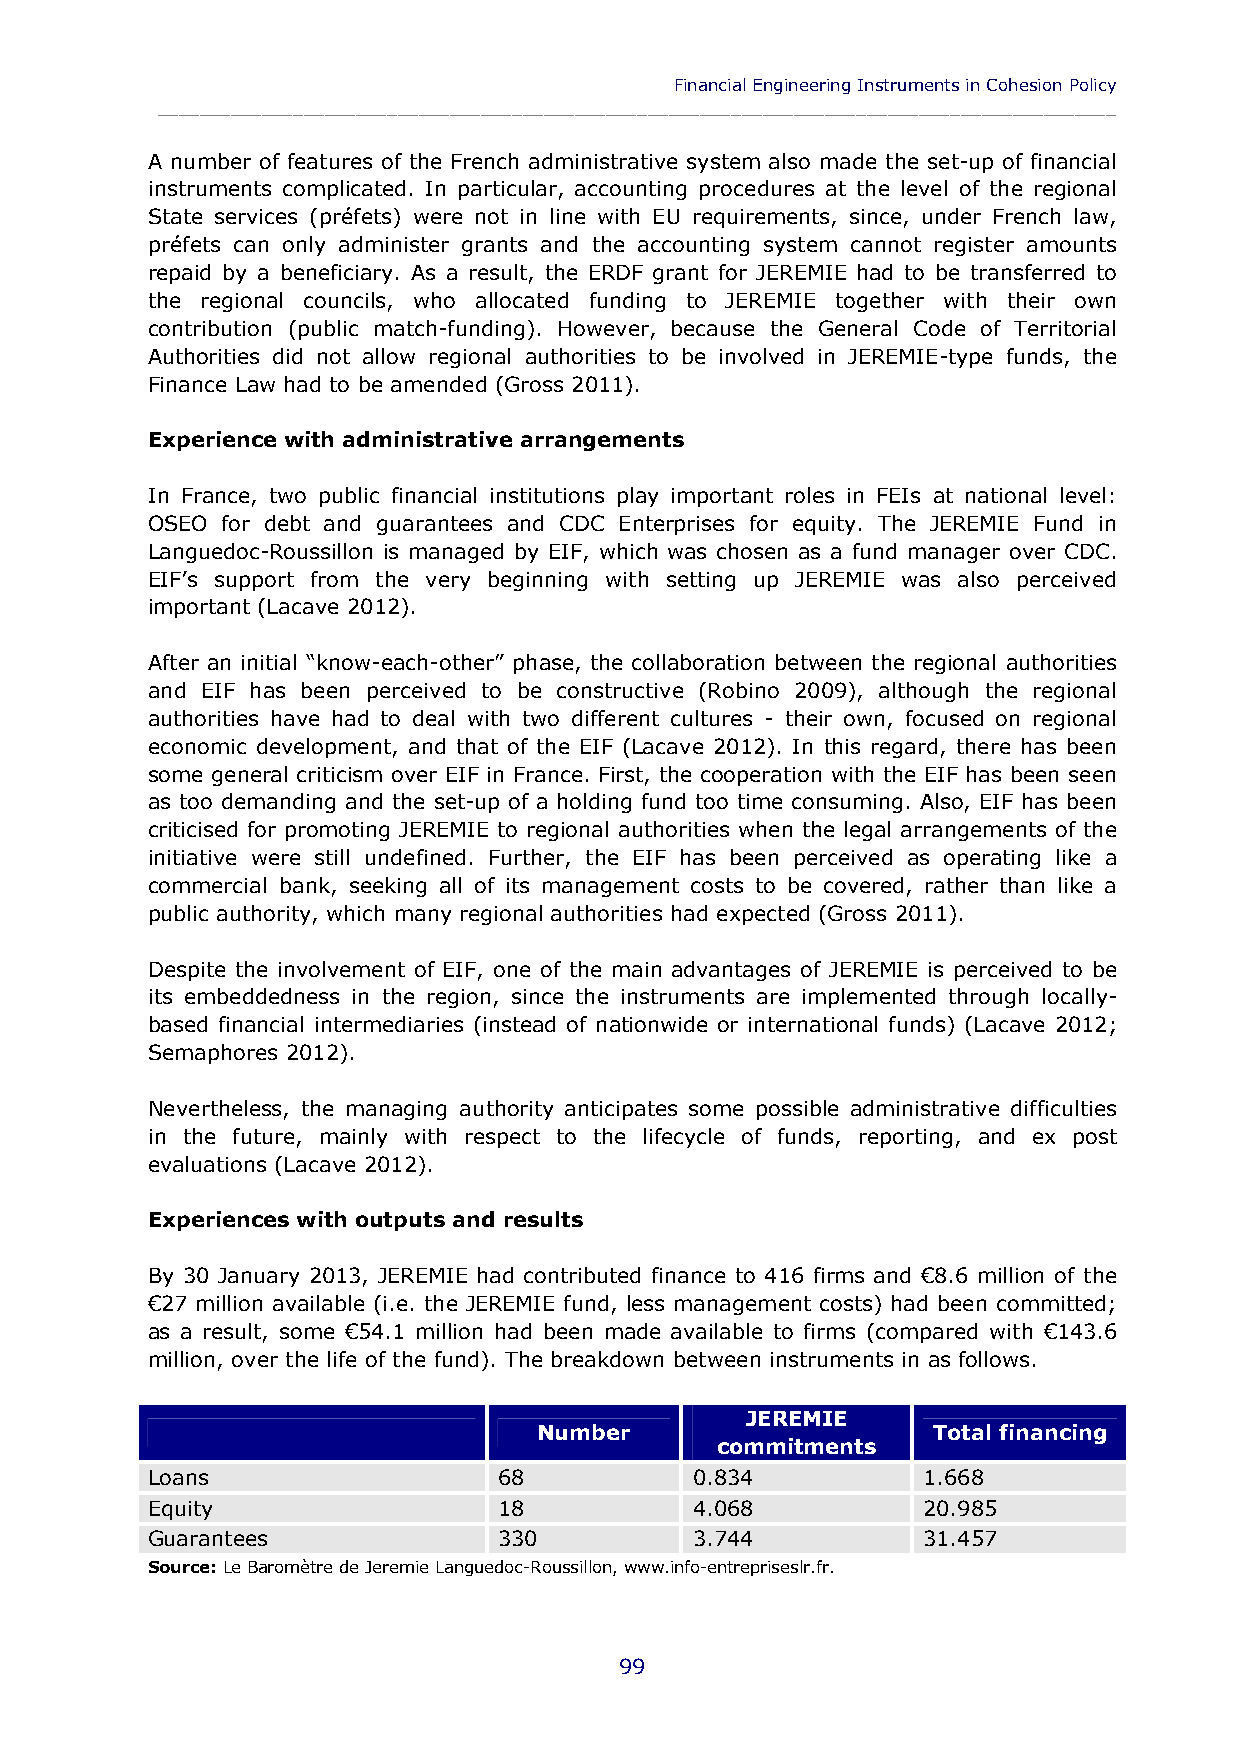
Financial Engineering Instruments in Cohesion Policy
 ____________________________________________________________________________________________
 A number of features of the French administrative system also made the set-up of financial
 instruments complicated. In particular, accounting procedures at the level of the regional
 State services (préfets) were not in line with EU requirements, since, under French law,
 préfets can only administer grants and the accounting system cannot register amounts
 repaid by a beneficiary. As a result, the ERDF grant for JEREMIE had to be transferred to
 the regional councils, who allocated funding to JEREMIE together with their own
 contribution (public match-funding). However, because the General Code of Territorial
 Authorities did not allow regional authorities to be involved in JEREMIE-type funds, the
 Finance Law had to be amended (Gross 2011).
 Experience with administrative arrangements
 In France, two public financial institutions play important roles in FEIs at national level:
 OSEO for debt and guarantees and CDC Enterprises for equity. The JEREMIE Fund in
 Languedoc-Roussillon is managed by EIF, which was chosen as a fund manager over CDC.
 EIF’s support from the very beginning with setting up JEREMIE was also perceived
 important (Lacave 2012).
 After an initial “know-each-other” phase, the collaboration between the regional authorities
 and EIF has been perceived to be constructive (Robino 2009), although the regional
 authorities have had to deal with two different cultures - their own, focused on regional
 economic development, and that of the EIF (Lacave 2012). In this regard, there has been
 some general criticism over EIF in France. First, the cooperation with the EIF has been seen
 as too demanding and the set-up of a holding fund too time consuming. Also, EIF has been
 criticised for promoting JEREMIE to regional authorities when the legal arrangements of the
 initiative were still undefined. Further, the EIF has been perceived as operating like a
 commercial bank, seeking all of its management costs to be covered, rather than like a
 public authority, which many regional authorities had expected (Gross 2011).
 Despite the involvement of EIF, one of the main advantages of JEREMIE is perceived to be
 its embeddedness in the region, since the instruments are implemented through locally-
 based financial intermediaries (instead of nationwide or international funds) (Lacave 2012;
 Semaphores 2012).
 Nevertheless, the managing authority anticipates some possible administrative difficulties
 in the future, mainly with respect to the lifecycle of funds, reporting, and ex post
 evaluations (Lacave 2012).
 Experiences with outputs and results
 By 30 January 2013, JEREMIE had contributed finance to 416 firms and €8.6 million of the
 €27 million available (i.e. the JEREMIE fund, less management costs) had been committed;
 as a result, some €54.1 million had been made available to firms (compared with €143.6
 million, over the life of the fund). The breakdown between instruments in as follows.
 JEREMIE
 Number                    Total financing
 commitments
 Loans                  68           0.834          1.668
 Equity                 18           4.068          20.985
 Guarantees             330          3.744          31.457
 Source: Le Baromètre de Jeremie Languedoc-Roussillon, www.info-entrepriseslr.fr.
 99